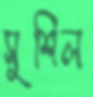
সুশিল